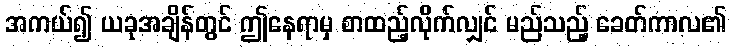
အကယ်၍ ယခုအချိန်တွင် ဤနေရာမှ စာထည့်လိုက်လျှင် မည်သည့် ခေတ်ကာလ၏